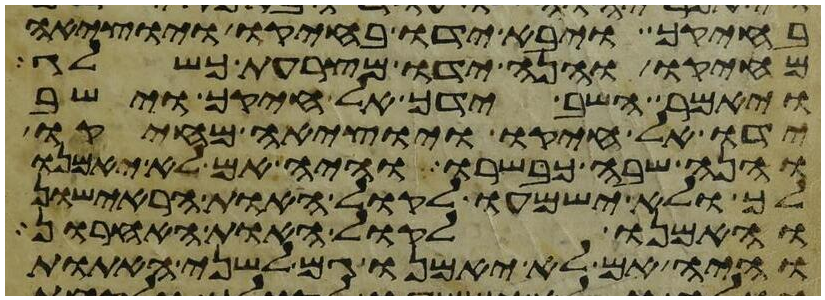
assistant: בחיקך ויבא ידו בחיקו ויוציאה
מחיקו והנה ידו מצרעת כשלג
ויאמר השב ידך אל חיקך וישב
ידו אל חיקו ויוציאה מחיקו
והנה שבה כבשרו והיה אם לא יאמנו
לך ולא ישמעו לקול האות הראישון
והאמנו לקול האות האחרון
והיה אם לא יאמנו גם לשני האתות